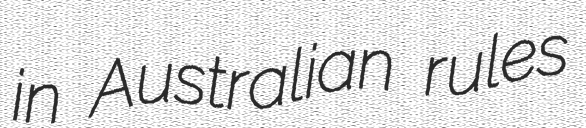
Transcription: in Australian rules